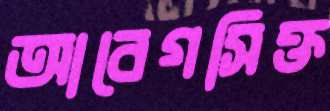
আবেগসিক্ত